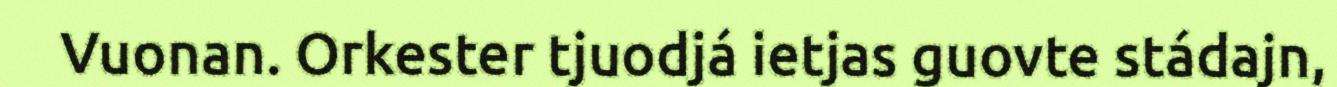
Vuonan. Orkester tjuodjá ietjas guovte stádajn,